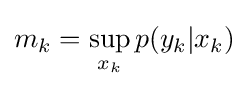
m_{k}=\sup _{x_{k}}p(y_{k}|x_{k})